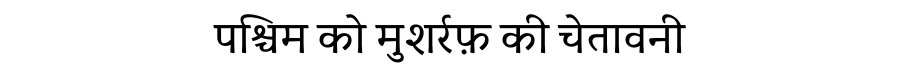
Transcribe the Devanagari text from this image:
पश्चिम को मुशर्रफ़ की चेतावनी